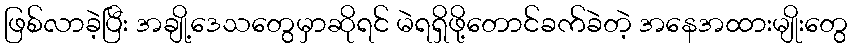
ဖြစ်လာခဲ့ပြီး အချို့ဒေသတွေမှာဆိုရင် မဲရရှိဖို့တောင်ခက်ခဲတဲ့ အနေအထားမျိုးတွေ